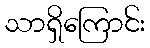
သာရှိကြောင်း